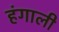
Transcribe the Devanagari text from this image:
हंगाली